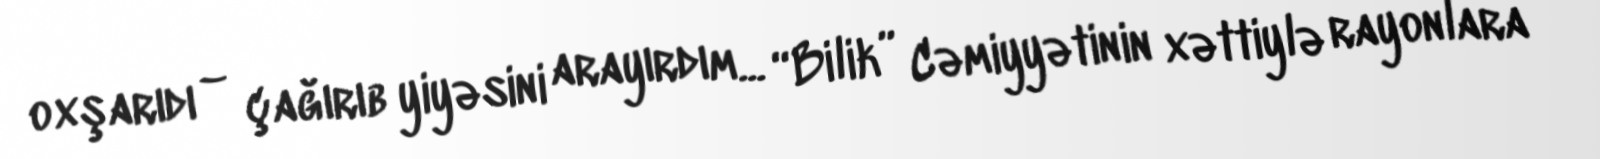
oxşarıdı – çağırıb yiyəsini arayırdım... “Bilik” Cəmiyyətinin xəttiylə rayonlara